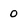
Character: 0